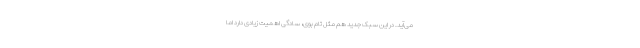
می‌آید. در این سبک جدید هم مثل تام بوی، سادگی اهمیت زیادی دارد اما